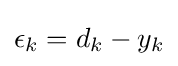
\epsilon _{k}=d_{k}-y_{k}